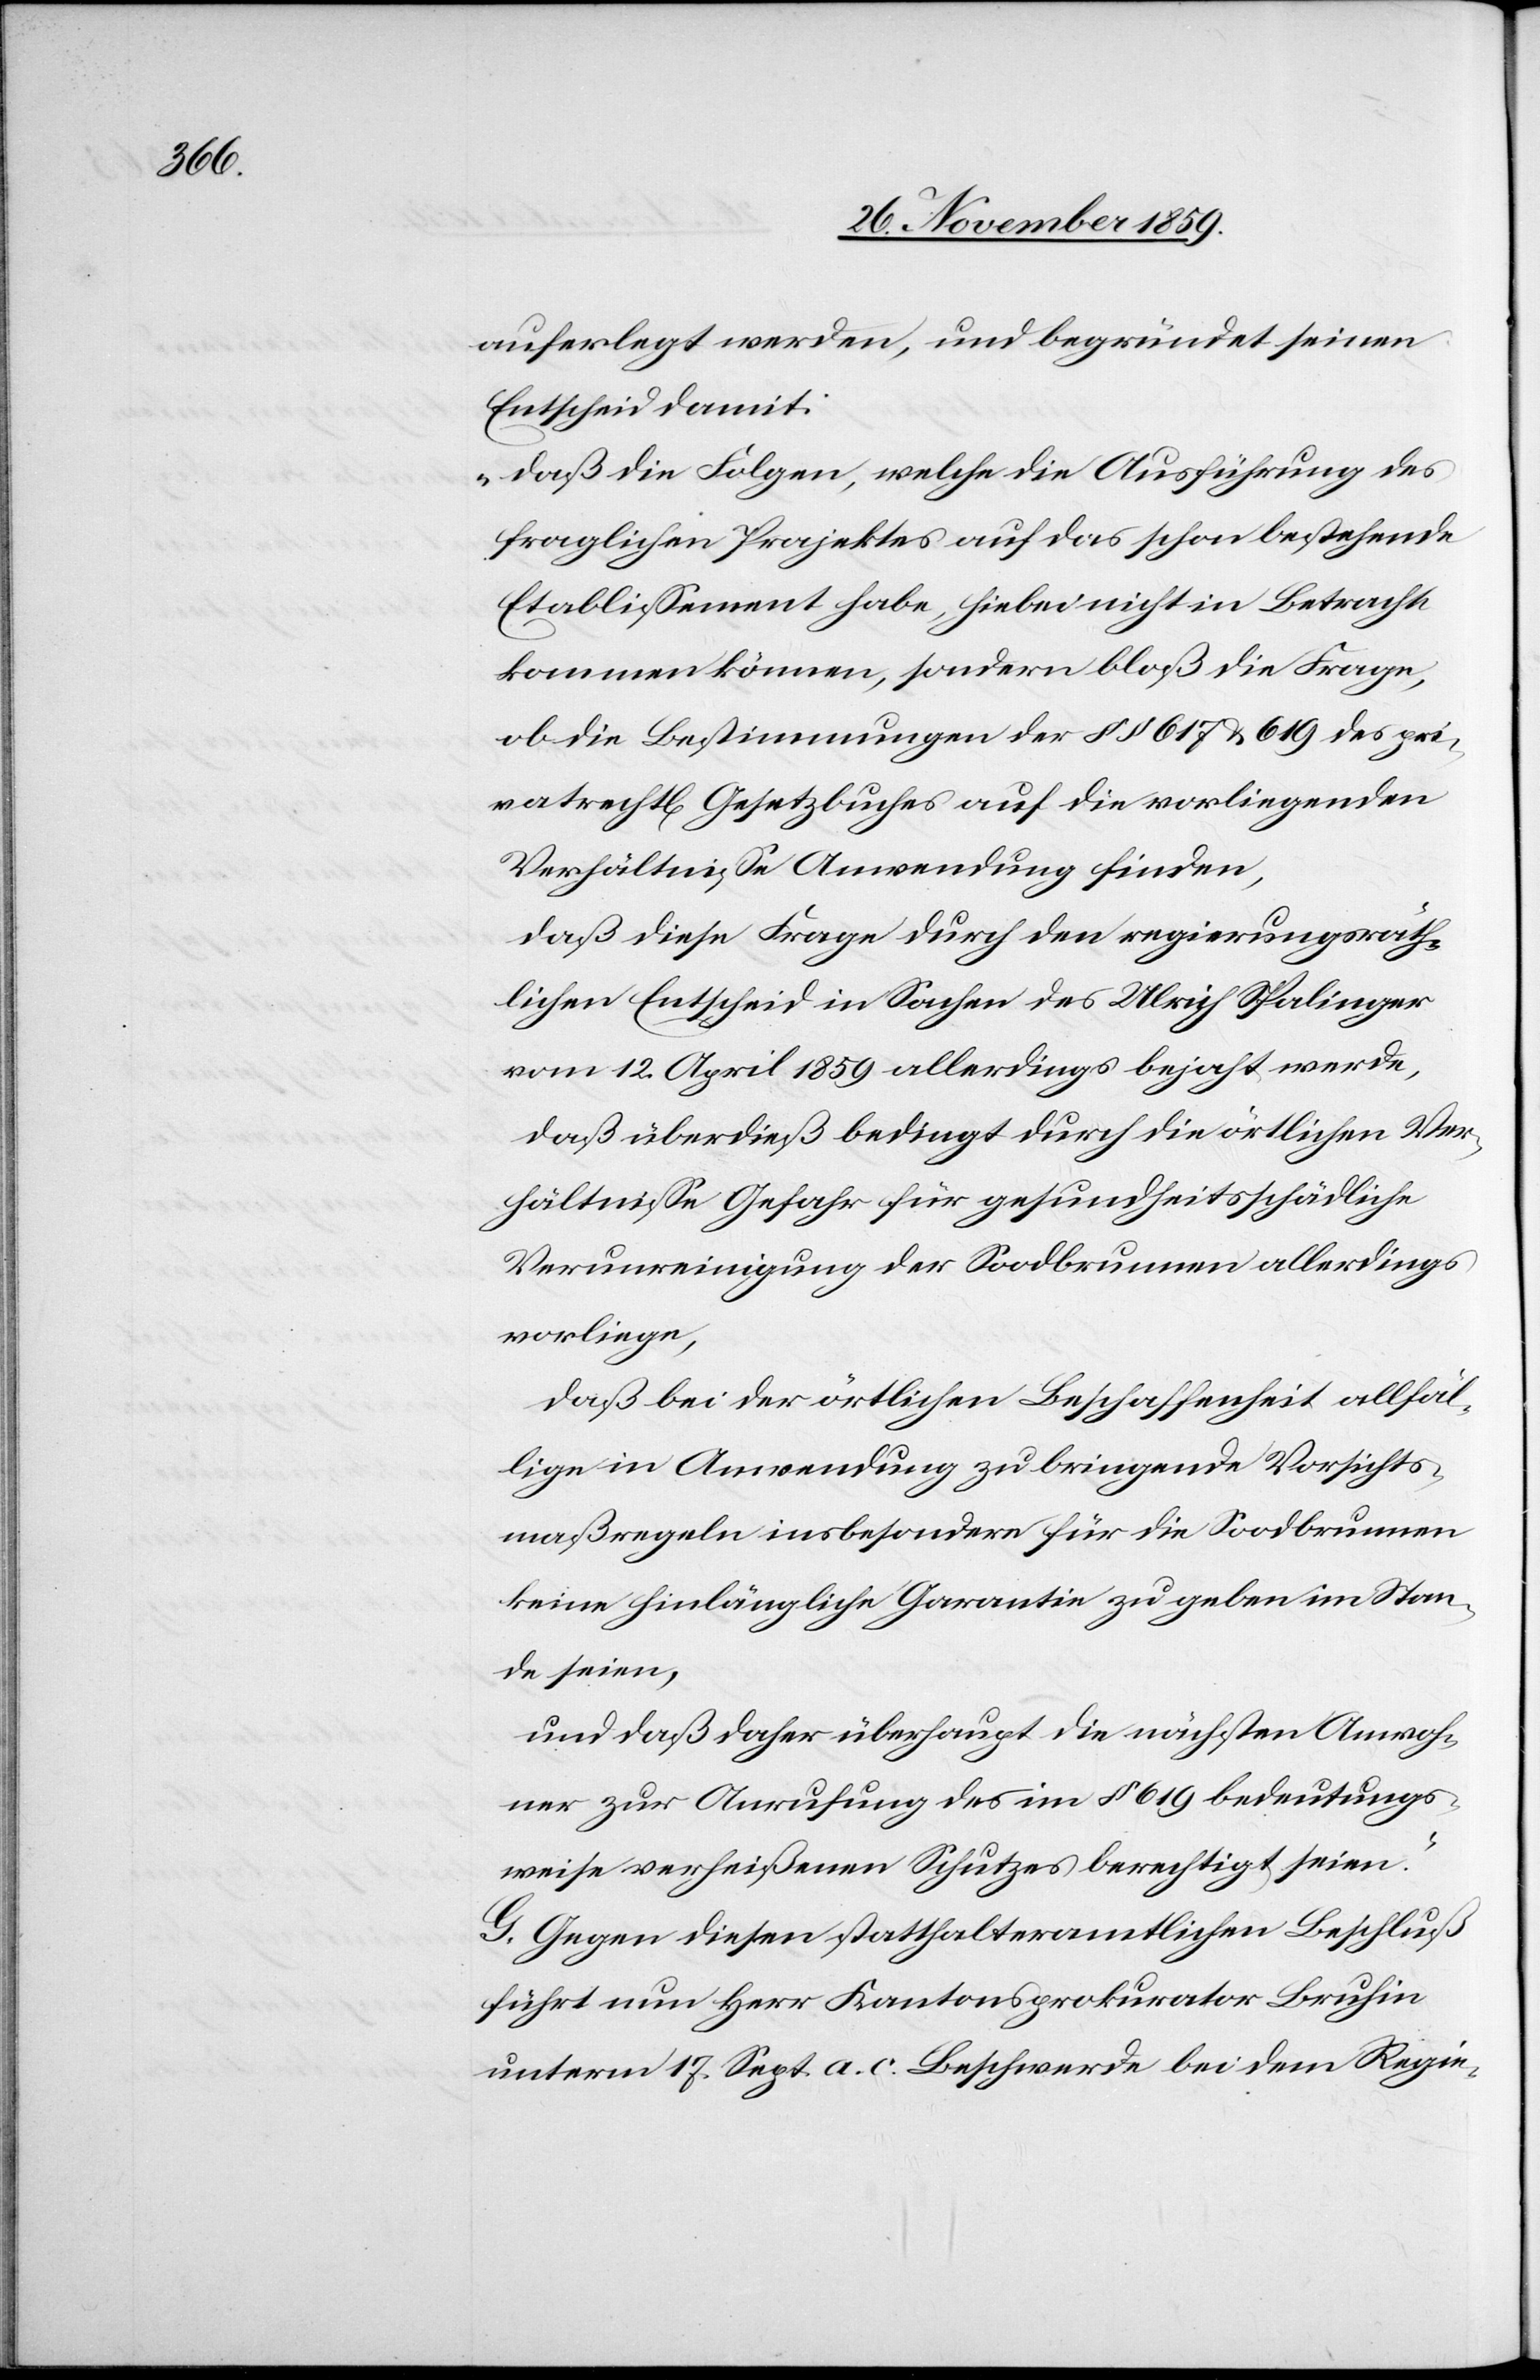
auferlegt werden und begründet seinen
Entscheid damit:
„daß die Folgen, welche die Ausführung des
fraglichen Projektes auf das schon bestehende
Etablissement habe, hiebei nicht in Betracht
kommen können, sondern bloß die Frage,
ob die Bestimmungen der §§ 617 & 619 des pri¬
vatrechtl[ichen] Gesetzbuches auf die vorliegenden
Verhältnisse Anwendung finden,
daß diese Frage durch den regierungsräth¬
lichen Entscheid in Sachen des Ulrich Spalinger
vom 12. April 1859 allerdings bejaht werde,
daß überdieß bedingt durch die örtlichen Ver¬
hältnisse Gefahr für gesundheitsschädliche
Verunreinigung der Soodbrunnen allerdings
vorliege,
daß bei der örtlichen Beschaffenheit allfäl¬
lige in Anwendung zu bringende Vorsichts¬
maßregeln insbesondere für die Soodbrunnen
keine hinlängliche Garantie zu geben im Stan¬
de seien,
und daß daher überhaupt die nächsten Anwoh¬
ner zur Anrufung des in § 619 bedeutungs¬
weise verheißenen Schutzes berechtigt seien.“
G. Gegen diesen statthalteramtlichen Beschluß
führt nun Herr Kantonsprokurator Bruhin
unterm 17. Sept. a. c. Beschwerde bei dem Regie-